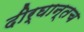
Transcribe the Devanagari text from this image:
दीर्घान्तच